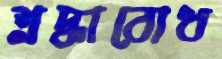
শ্রদ্ধাবোধ